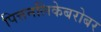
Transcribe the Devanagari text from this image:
पित्तनलिकेबरोबर